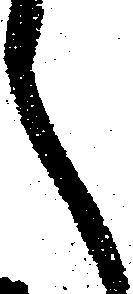
之